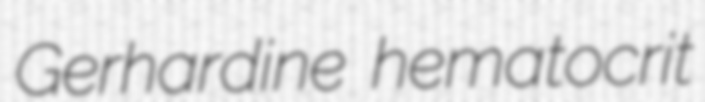
Gerhardine hematocrit